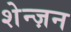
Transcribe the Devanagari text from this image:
शेन्ज़न